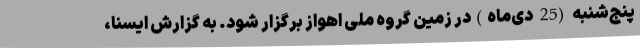
پنج‌شنبه (25 دی‌ماه)در زمین گروه ملی اهواز برگزار شود. به گزارش ایسنا،